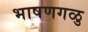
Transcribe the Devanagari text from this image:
भाषणगळु